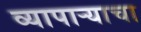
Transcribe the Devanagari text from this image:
व्यापार्‍याचा